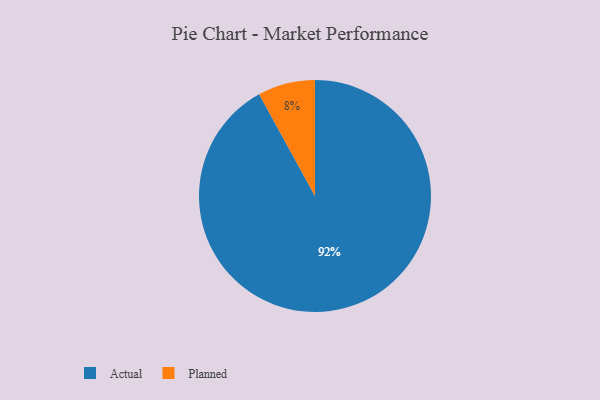
{"axis": {"x": "Category", "y": "Percentage"}, "legend": ["Actual", "Planned"], "data": [{"x": "Planned", "y": 8, "type": "Planned"}, {"x": "Actual", "y": 92, "type": "Actual"}]}